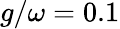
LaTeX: g/\omega=0.1